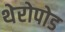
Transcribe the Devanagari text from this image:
थेरोपोड